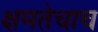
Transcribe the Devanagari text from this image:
क्षमतेचाच